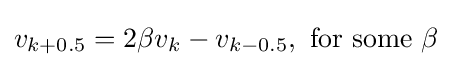
v_{k+0.5}=2\beta v_{k}-v_{k-0.5},{\text{ for some }}\beta \,\!